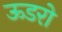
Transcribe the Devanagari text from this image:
ऊडरो